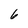
Character: 6